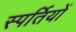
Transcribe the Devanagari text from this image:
स्पर्तियों